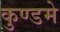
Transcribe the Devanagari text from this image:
कुण्डमे